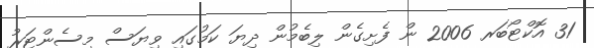
31 އޮކްޓޯބަރ 2006 ން ފެށިގެން ލިބެމުން ދިޔަ ކަމުގައި ވިޔަސް މިސެންޓަރު